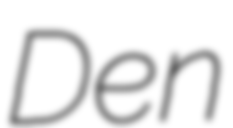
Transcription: Den